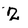
Character: 2